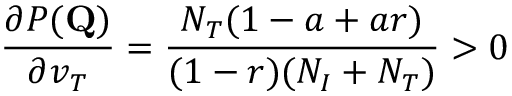
\frac { \partial P ( \mathbf { Q } ) } { \partial v _ { T } } = \frac { N _ { T } ( 1 - a + a r ) } { ( 1 - r ) ( N _ { I } + N _ { T } ) } > 0